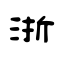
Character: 浙